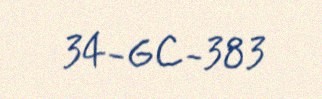
34-GC-383